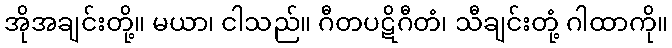
အိုအချင်းတို့။ မယာ၊ ငါသည်။ ဂီတပဋိဂီတံ၊ သီချင်းတုံ့ ဂါထာကို။